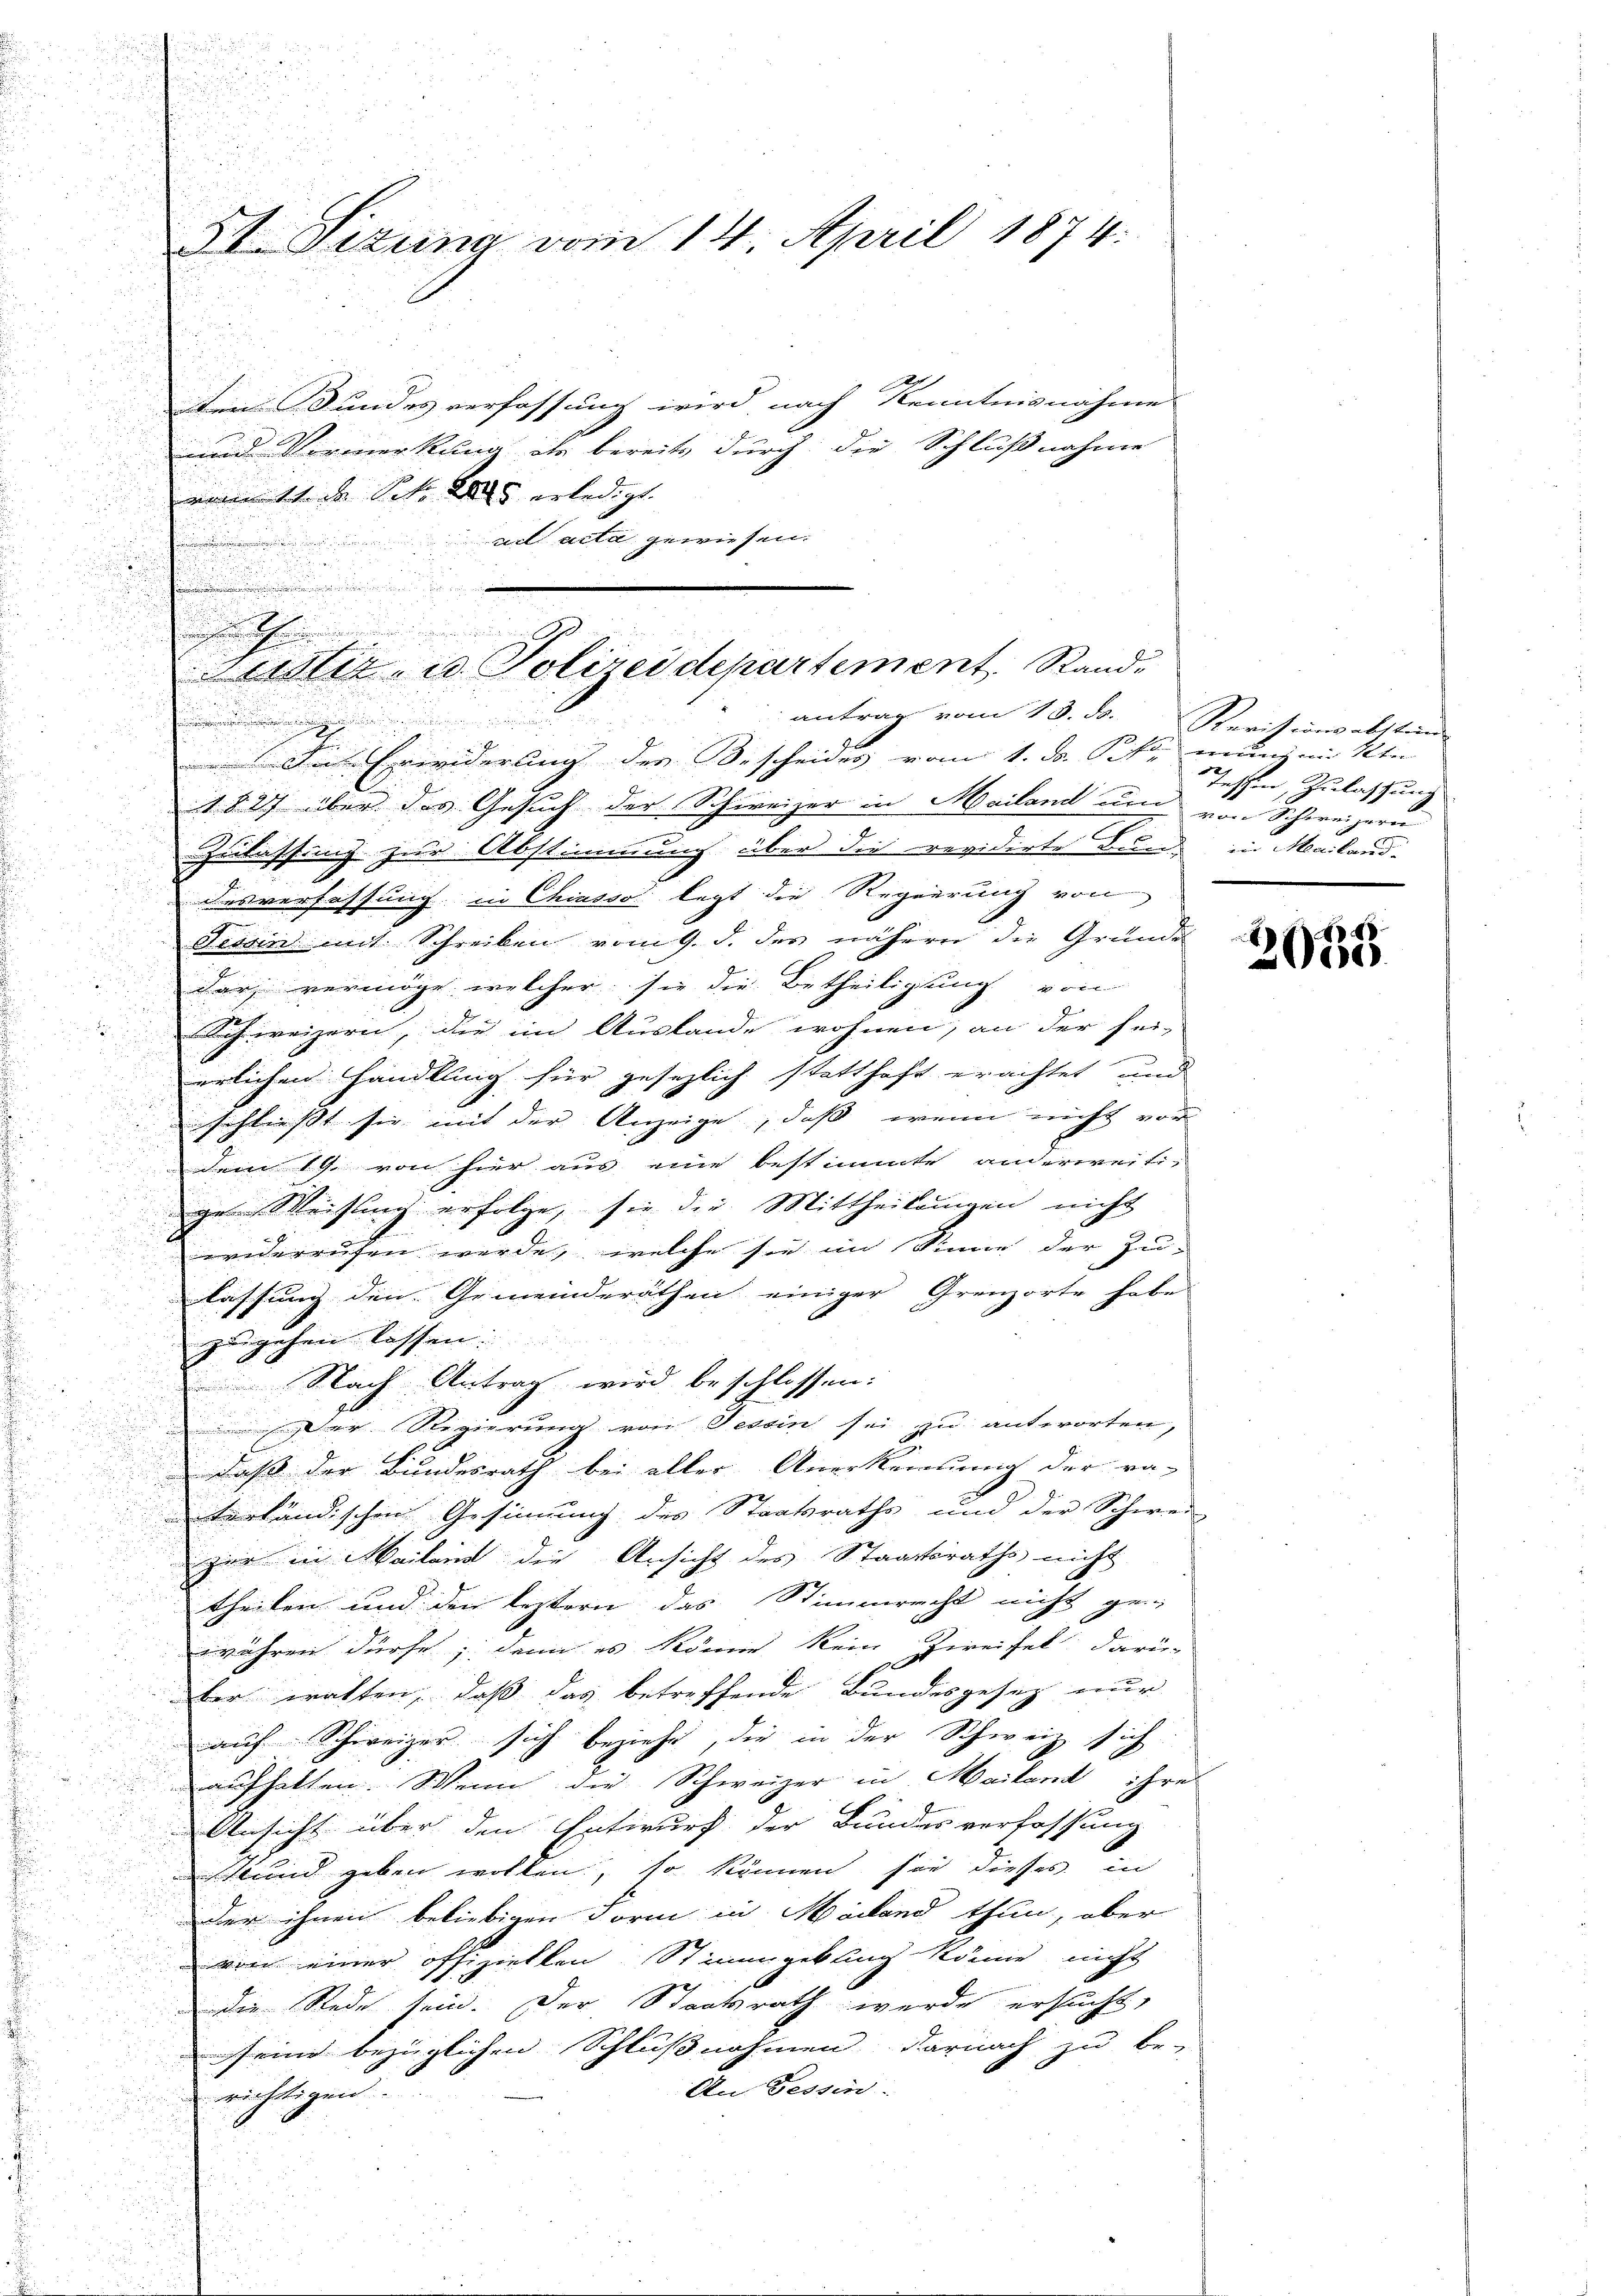
n

5t. Sizung vom 14. April 1874.

Den Bundesverfassung wird nach Kenntnisnahme
und Vormerkung als bereits durch die Schlußnahme
vermitte des Sehr das erledigt. |
net acta gewiesen.
e
u
s
.
In Erwiderung der Bescheides vom 1. d. Sofie neun in Ken
e
1827 über das Gesuch der Schweizer in Mailand um von Schweizern
Zulassung zur Abstimmung über die revidirte Band in Mailand-
desverfassung in Chiasso legt die Regierung von
Teser mit Schreiben vom 9. d. des nähern die Grunde
dar vermöge, welcher sie die Betheiligung von
Schweizern, die im Auslande wohnen, an der sei-

erlichen Handlung für gesezlich statthaft erachtet und

schließt sie mit der Anzeige, daß wenn nicht vor
dem 19. von hier aus eine bestimmte anderweiti-

ges Weisung erfolge, sie die Mittheilungen nicht

widerrufen werde, welche sie im Sinne der Zu-
.

lassung den Gemeinderäthen einiger Grenzorte habe
zugehen lassen.
Nach Antrag wird beschlossen:
Der Regierung von Tessin sei zu antworten,

daß der Bundesrath bei aller Anerkennung der ra-
terländischen Gesinnung des Staatsraths und der Schwei-
zir in Mailand die Ansicht des Staatsraths nicht
theilen und den leztern das Stimmrecht nicht ge-
währen dürfe; denn es könne kein Zweifel darü-
ber walten, daß das betreffende Bundesgesetz nur
auf Schweizer sich beziehe, die in der Schweiz sich
aufhalten. Wenn die Schweizer in Mailand ihre
Ansicht über den Entwurf der Bundesverfassung
kund geben wollen, so können sie dieses in
Der ihnen beliebigen Form in Mailand thun, aber
von einer offiziellen Stimmgebling könne nicht
u
die Rede sein. Der Staatsrath werde ersucht,
seine bezüglichen Schlußnahmen, darnach zu be-
An Tessin.
richtigen.

t
ustiz- u. Polizeidepartement, Rande
antrag vom 13. ds.

Revisionsabstan
Teschen, Zulassung

2035